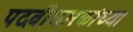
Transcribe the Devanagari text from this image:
पदवीधारकांच्या